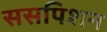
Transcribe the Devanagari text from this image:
ससपिशन